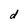
Character: d